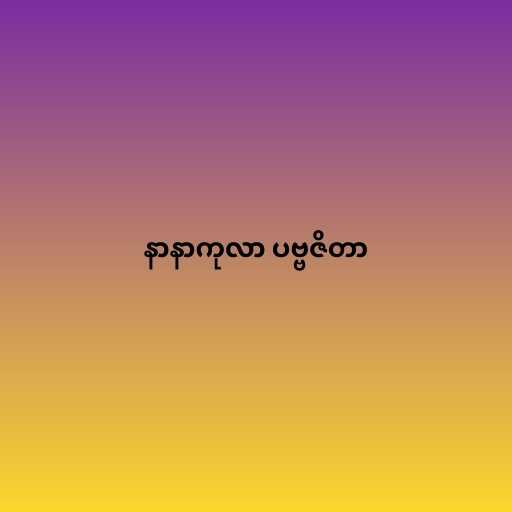
နာနာကုလာ ပဗ္ဗဇိတာ